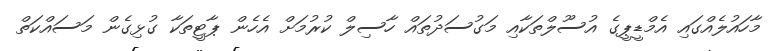
މާހައުލެއްގައި އެމްޑީޕީގެ އުސޫލްތަކާއި މަގުސަދުތައް ހާސިލް ކުރުމަށް އެހެން ޕާޓީތަކާ ގުޅިގެން މަސައްކަތް